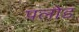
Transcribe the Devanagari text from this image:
पलोड